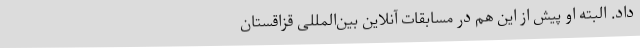
داد. البته او پیش از این هم در مسابقات آنلاین بین‌المللی قزاقستان